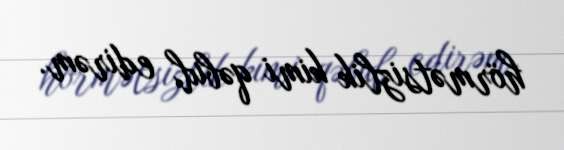
hörmətsizlik kimi qəbul edirəm.